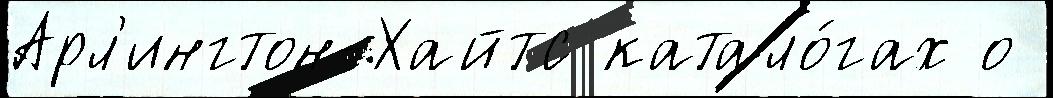
Арл'ингтон-Хайтс катало́гах о